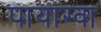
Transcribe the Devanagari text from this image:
पायाग्वा